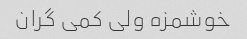
خوشمزه ولی کمی گران